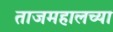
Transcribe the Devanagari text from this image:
ताजमहालच्या